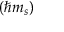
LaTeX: \left( \hbar m _ { s } \right)